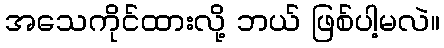
အသေကိုင်ထားလို့ ဘယ် ဖြစ်ပါ့မလဲ။